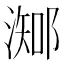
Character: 𣻩